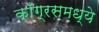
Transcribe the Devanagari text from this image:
काँग्रसमध्ये